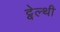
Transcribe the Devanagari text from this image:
ट्वेल्‍थी